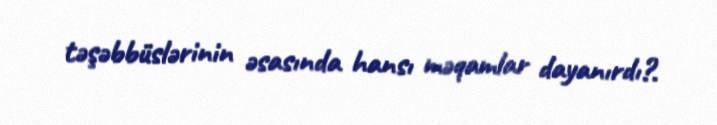
təşəbbüslərinin əsasında hansı məqamlar dayanırdı?.